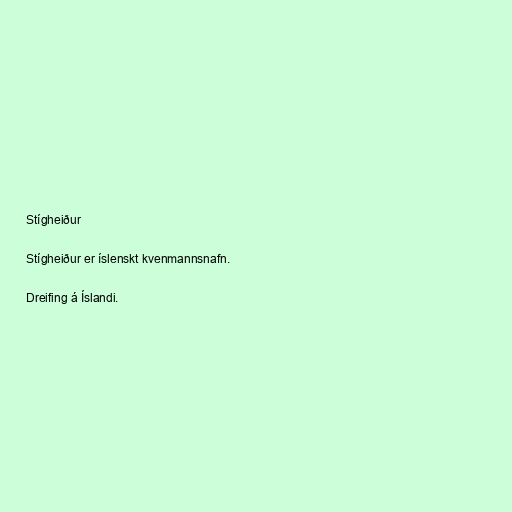
Stígheiður

Stígheiður er íslenskt kvenmannsnafn.

Dreifing á Íslandi.